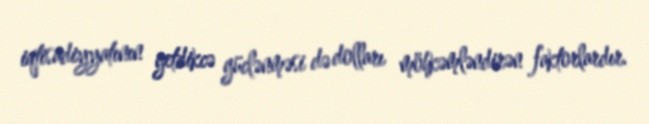
iqtisadiyyatının getdikcə güclənməsi də dolları möhkəmləndirən faktorlardır.